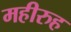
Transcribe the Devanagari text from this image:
महीरुह